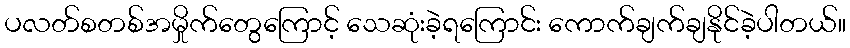
ပလတ်စတစ်အမှိုက်တွေကြောင့် သေဆုံးခဲ့ရကြောင်း ကောက်ချက်ချနိုင်ခဲ့ပါတယ်။